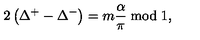
2 \left( \Delta ^ { + } - \Delta ^ { - } \right) = m \displaystyle \frac { \alpha } { \pi } \bmod 1 ,